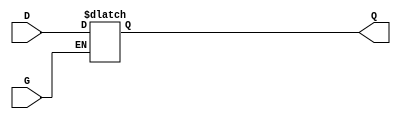
module gated_latch (
    input wire D,     // Data Input
    input wire G,     // Enable Signal
    output reg Q      // Output
);

// Always block to implement the latch functionality
always @(*) begin
    if (G) begin
        Q = D;  // When G is high, Q follows D
    end else begin
        // When G is low, Q retains its previous value
        // This is inherently handled by the reg type in Verilog
        // No need to assign anything here
    end
end

endmodule